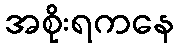
အစိုးရကနေ